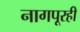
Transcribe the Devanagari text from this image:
नागपूरही